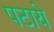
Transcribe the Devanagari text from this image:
पटाये